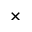
\times